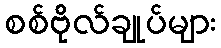
စစ်ဗိုလ်ချုပ်များ